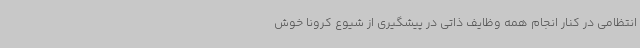
انتظامی در کنار انجام همه وظایف ذاتی در پیشگیری از شیوع کرونا خوش